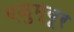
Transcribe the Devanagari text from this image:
एळुम्बूर